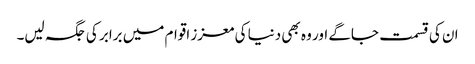
ان کی قسمت جاگے اور وہ بھی دنیا کی معزز اقوام میں برابر کی جگہ لیں۔